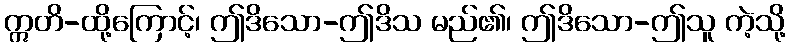
ဣတိ-ထို့ကြောင့်၊ ဤဒိသော-ဤဒိသ မည်၏၊ ဤဒိသော-ဤသူ ကဲ့သို့